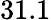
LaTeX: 31.1